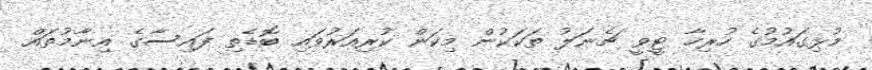
މުޅިގައުމުގެ ހުރިހާ ޓީވީ ޗެނަލު ތަކަކުން މިކަން ކުރިއަރުވައި ބޮޑެތި ފައިސާގެ އިނާމުތައް